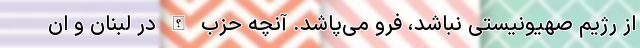
از رژیم صهیونیستی نباشد، فرو می‌پاشد. آنچه حزب الله در لبنان و ان